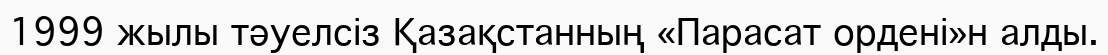
1999 жылы тәуелсіз Қазақстанның «Парасат ордені»н алды.